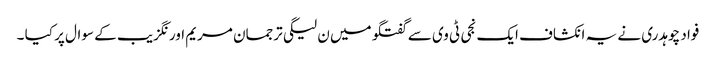
فواد چوہدری نے یہ انکشاف ایک نجی ٹی وی سے گفتگو میں ن لیگی ترجمان مریم اورنگزیب کے سوال پر کیا ۔